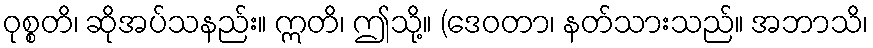
ဝုစ္စတိ၊ ဆိုအပ်သနည်း။ ဣတိ၊ ဤသို့။ (ဒေဝတာ၊ နတ်သားသည်။ အဘာသိ၊